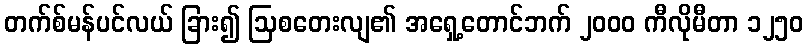
တက်စ်မန်ပင်လယ် ခြား၍ ဩစတေးလျ၏ အရှေ့တောင်ဘက် ၂၀၀၀ ကီလိုမီတာ ၁၂၅၀